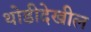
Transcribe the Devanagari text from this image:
थोडीदेखील